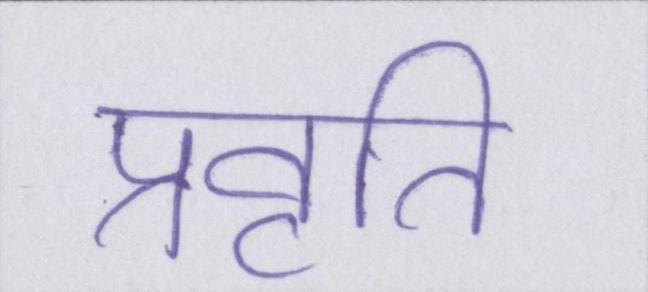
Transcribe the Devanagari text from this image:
प्रवृति